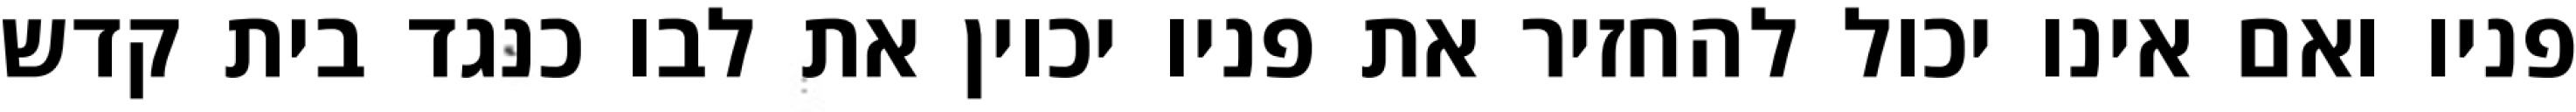
פניו ואם אינו יכול להחזיר את פניו יכוין את לבו כנגד בית קדש